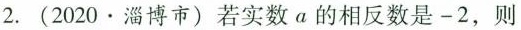
2.(2020·淄博市)若实数a的相反数是-2，则